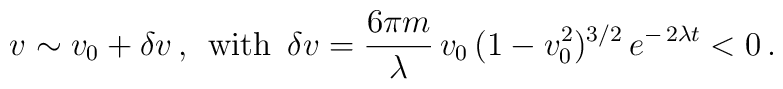
v \sim v_{0} + \delta v \,, \hspace{0.2cm} \mbox{with} \hspace{0.2cm}\delta v = \frac{6\pi m}{\lambda }\,v_{0}\,(1-v_{0}^{2})^{3/2}\,e^{-\,2\lambda t} < 0 \,.